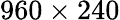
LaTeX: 960\times 240